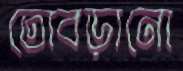
তোবড়ানো